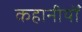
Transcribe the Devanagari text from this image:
कहानीयोँ